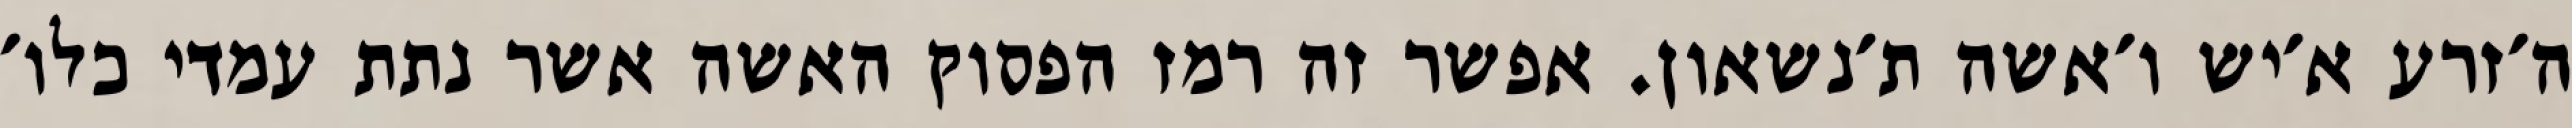
ה׳זרע א׳יש ו׳אשה ת׳נשאון. אפשר זה רמז הפסוק האשה אשר נתת עמדי כלו׳